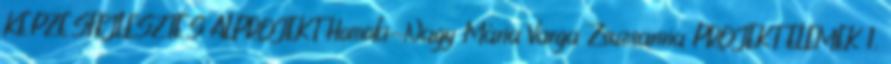
KÉPZÉSFEJLESZTÉS ALPROJEKT Homoki-Nagy Mária Varga Zsuzsanna PROJEKT ELEMEK 1.